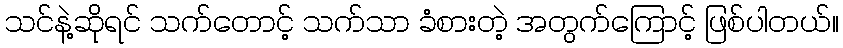
သင်နဲ့ဆိုရင် သက်တောင့် သက်သာ ခံစားတဲ့ အတွက်ကြောင့် ဖြစ်ပါတယ်။